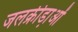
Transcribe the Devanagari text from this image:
जलक्रीडा़ओं